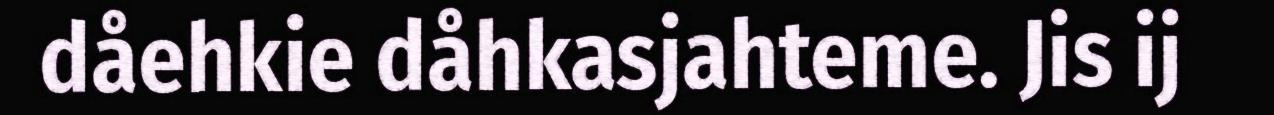
dåehkie dåhkasjahteme. Jis ij